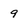
Character: 9